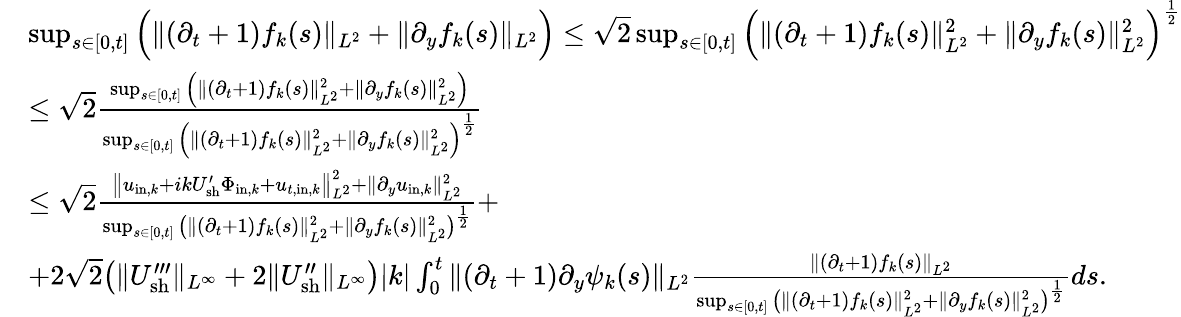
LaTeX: \begin{array}{rl}&{\operatorname*{sup}_{s\in[0,t]}\Big(\| (\partial_{t}+1)f_{k}(s)\| _{L^{2}}+\| \partial_{y}f_{k}(s)\| _{L^{2}}\Big)\leq\sqrt{2}\operatorname*{sup}_{s\in[0,t]}\Big(\| (\partial_{t}+1)f_{k}(s)\| _{L^{2}}^{2}+\| \partial_{y}f_{k}(s)\| _{L^{2}}^{2}\Big)^{\frac{1}{2}}}\\ &{\leq\sqrt{2}\frac{\operatorname*{sup}_{s\in[0,t]}\Big(\| (\partial_{t}+1)f_{k}(s)\| _{L^{2}}^{2}+\| \partial_{y}f_{k}(s)\| _{L^{2}}^{2}\Big)}{\operatorname*{sup}_{s\in[0,t]}\Big(\| (\partial_{t}+1)f_{k}(s)\| _{L^{2}}^{2}+\| \partial_{y}f_{k}(s)\| _{L^{2}}^{2}\Big)^{\frac{1}{2}}}}\\ &{\leq\sqrt{2}\frac{\big\| u_{\mathrm{in},k}+ikU_{\mathrm{sh}}^{\prime}\Phi_{\mathrm{in},k}+u_{t,\mathrm{in},k}\big\| _{L^{2}}^{2}+\| \partial_{y}u_{\mathrm{in},k}\| _{L^{2}}^{2}}{\operatorname*{sup}_{s\in[0,t]}\big(\| (\partial_{t}+1)f_{k}(s)\| _{L^{2}}^{2}+\| \partial_{y}f_{k}(s)\| _{L^{2}}^{2}\big)^{\frac{1}{2}}}+}\\ &{+2\sqrt{2}\big(\| U_{\mathrm{sh}}^{\prime\prime\prime}\| _{L^{\infty}}+2\| U_{\mathrm{sh}}^{\prime\prime}\| _{L^{\infty}}\big)|k|\int_{0}^{t}\| (\partial_{t}+1)\partial_{y}\psi_{k}(s)\| _{L^{2}}\frac{\| (\partial_{t}+1)f_{k}(s)\| _{L^{2}}}{\operatorname*{sup}_{s\in[0,t]}\big(\| (\partial_{t}+1)f_{k}(s)\| _{L^{2}}^{2}+\| \partial_{y}f_{k}(s)\| _{L^{2}}^{2}\big)^{\frac{1}{2}}}ds.}\end{array}